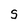
Character: S